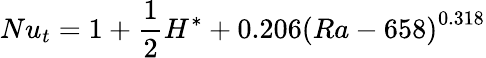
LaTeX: Nu_{t}=1+\frac{1}{2}H^{*}+0.206\left(Ra-658\right)^{0.318}